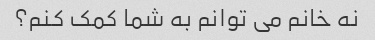
نه خانم می توانم به شما کمک کنم؟